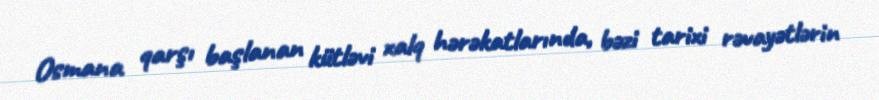
Osmana qarşı başlanan kütləvi xalq hərəkatlarında, bəzi tarixi rəvayətlərin